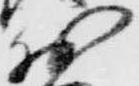
於